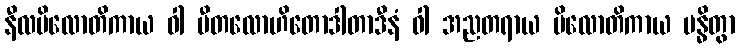
နီလပိလောတိကာယ ဝါ ပီတလောဟိတောဒါတာဒီနံ ဝါ အညတရာယ ပိလောတိကာယ ဗန္ဓိတွာ